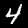
Digit: 4